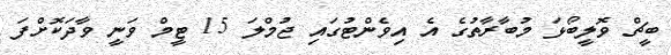
ބީޗް ވޮލީބޯޅަ މުބާރާތުގެ އެ އިވެންޓުގައި ޖުމްލަ 15 ޓީމް ވަނީ ވާދަކޮށްފަ